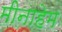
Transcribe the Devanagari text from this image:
मीनाहेम